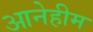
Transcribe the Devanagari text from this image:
आनेहीम